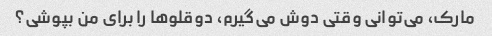
مارک، می‌توانی وقتی دوش می‌گیرم، دوقلوها را برای من بپوشی؟